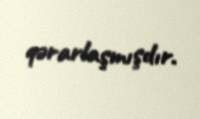
qərarlaşmışdır.